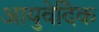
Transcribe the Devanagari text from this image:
आयुवेदिेक